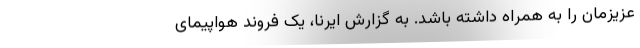
عزیزمان را به همراه داشته باشد. به گزارش ایرنا، یک فروند هواپیمای